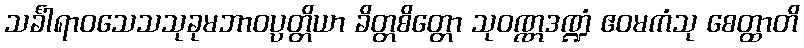
သင်္ခါရာဝသေသသုခုမဘာဝပ္ပတ္တိယာ ခိတ္တစိတ္တော သုဝဏ္ဏဒဏ္ဍံ ဧဝမကံသု စေတ္ထာတိ